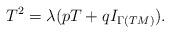
LaTeX: \begin{align*}T^2=\lambda(pT+qI_{\Gamma(TM)}).\end{align*}